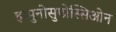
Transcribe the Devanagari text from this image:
इम्मुनोसुप्प्रेस्सिओन